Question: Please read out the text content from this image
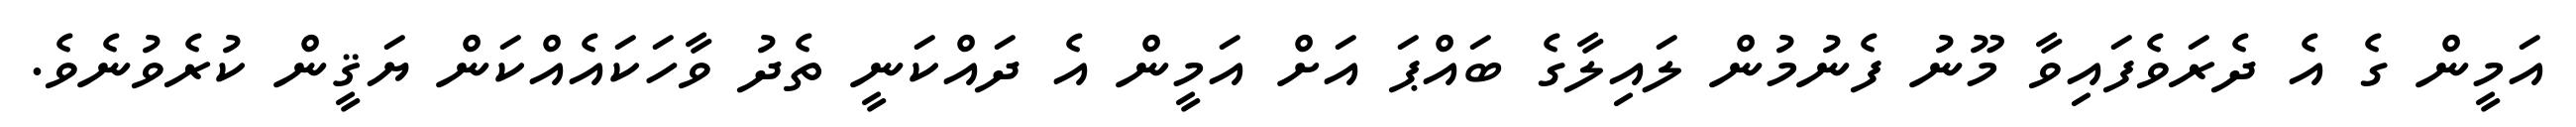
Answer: އަމީން ގެ އެ ދެރަވެފައިވާ މޫނު ފެނުމުން ލައިލާގެ ބައްޕަ އަށް އަމީން އެ ދައްކަނީ ތެދު ވާހަކައެއްކަން ޔަޤީން ކުރެވުނެވެ.